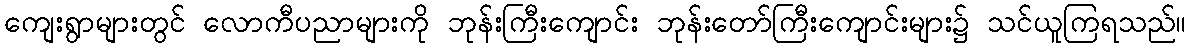
ကျေးရွာများတွင် လောကီပညာများကို ဘုန်းကြီးကျောင်း ဘုန်းတော်ကြီးကျောင်းများ၌ သင်ယူကြရသည်။